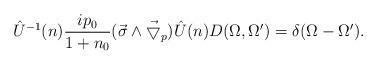
LaTeX: \begin{align*}\hat{U}^{-1}(n) \frac{ip_0}{1+n_0} (\vec{\sigma}\wedge\vec{\bigtriangledown}_p) \hat{U}(n) D(\Omega , \Omega^{\prime}) =\delta (\Omega - \Omega^{\prime}).\end{align*}